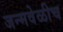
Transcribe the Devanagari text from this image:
जन्मवेळीच